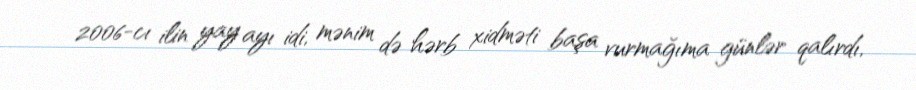
2006-cı ilin yay ayı idi, mənim də hərb xidməti başa vurmağıma günlər qalırdı,